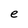
Character: e